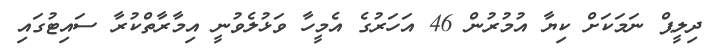
ދިލީޕް ނަމަކަށް ކިޔާ އުމުރުން 46 އަހަރުގެ އެމީހާ ވަޅުލެވުނީ އިމާރާތްކުރާ ސައިޓުގައި